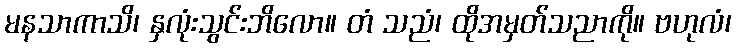
မနသာကာသိ၊ နှလုံးသွင်းဘိလော။ တံ သညံ၊ ထိုအမှတ်သညာကို။ ဗဟုလံ၊